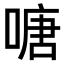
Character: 𠹔